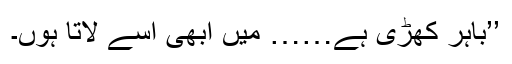
’’باہر کھڑی ہے…… میں ابھی اُسے لاتا ہوں۔